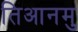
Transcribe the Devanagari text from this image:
तिआनमु